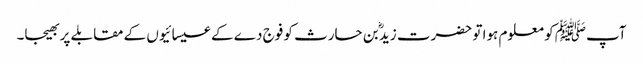
آپﷺ کو معلوم ہوا تو حضرت زیدؓ بن حارث کو فوج دے کے عیسائیوں کے مقابلے پر بھیجا۔